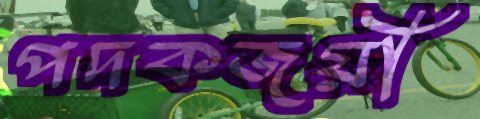
পদকজয়ী